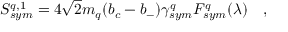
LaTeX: S _ { s y m } ^ { q , 1 } = 4 \sqrt { 2 } m _ { q } ( b _ { c } - b _ { - } ) \gamma _ { s y m } ^ { q } F _ { s y m } ^ { q } ( \lambda ) \quad ,